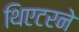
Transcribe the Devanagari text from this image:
थिएटरने